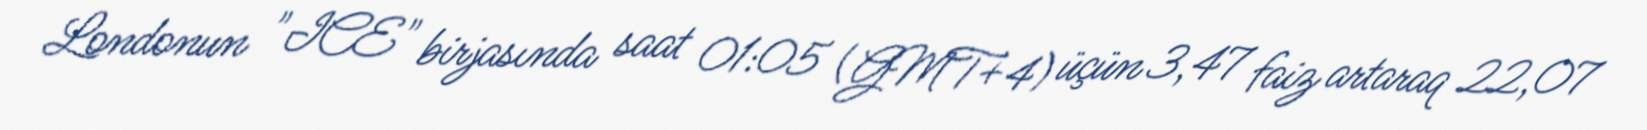
Londonun "ICE" birjasında saat 01:05 (GMT+4) üçün 3,47 faiz artaraq 22,07